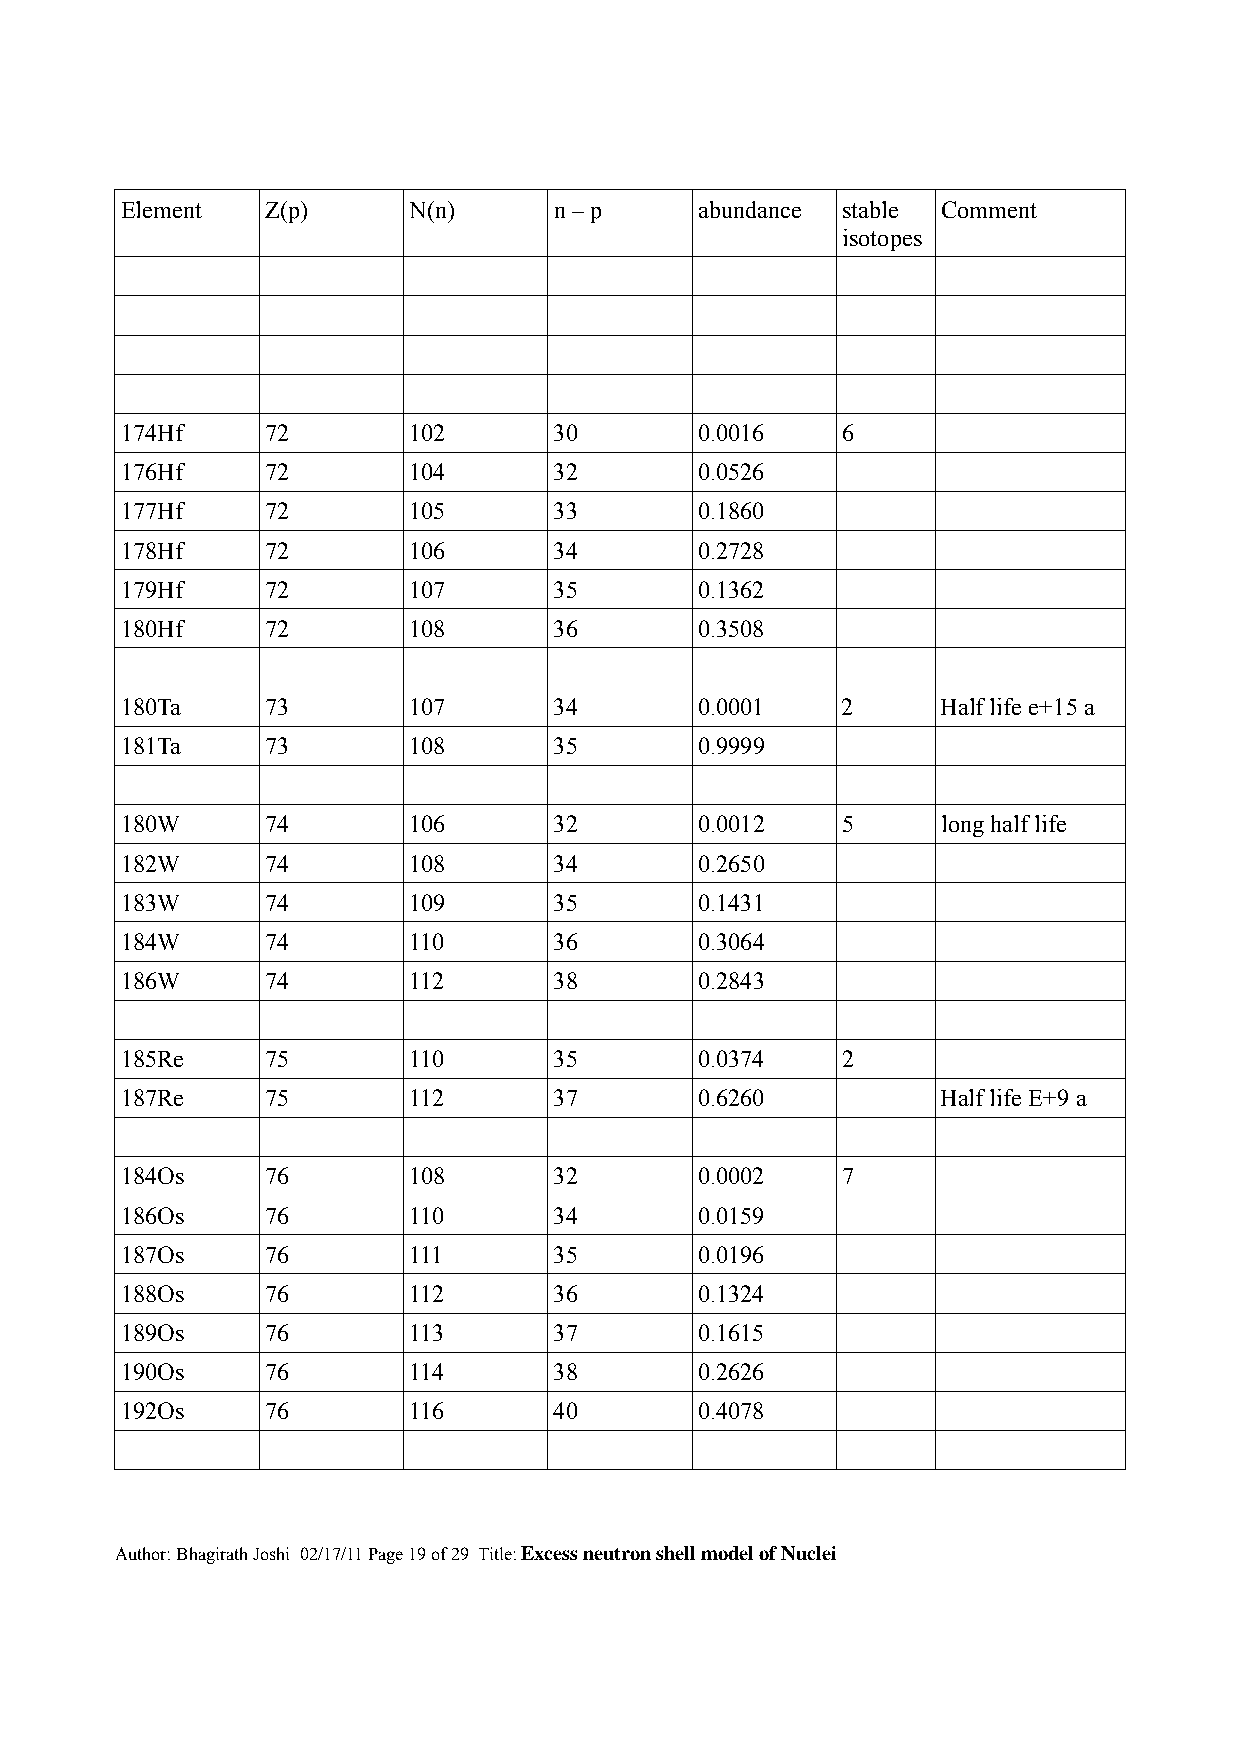
Element   Z(p)     N(n)      n – p    abundance stable Comment
 isotopes
 174Hf     72       102       30       0.0016    6
 176Hf     72       104       32       0.0526
 177Hf     72       105       33       0.1860
 178Hf     72       106       34       0.2728
 179Hf     72       107       35       0.1362
 180Hf     72       108       36       0.3508
 180Ta     73       107       34       0.0001    2     Half life e+15 a
 181Ta     73       108       35       0.9999
 180W      74       106       32       0.0012    5     long half life
 182W      74       108       34       0.2650
 183W      74       109       35       0.1431
 184W      74       110       36       0.3064
 186W      74       112       38       0.2843
 185Re     75       110       35       0.0374    2
 187Re     75       112       37       0.6260          Half life E+9 a
 184Os     76       108       32       0.0002    7
 186Os     76       110       34       0.0159
 187Os     76       111       35       0.0196
 188Os     76       112       36       0.1324
 189Os     76       113       37       0.1615
 190Os     76       114       38       0.2626
 192Os     76       116       40       0.4078
 Author: Bhagirath Joshi 02/17/11 Page 19 of 29 Title: Excess neutron shell model of Nuclei